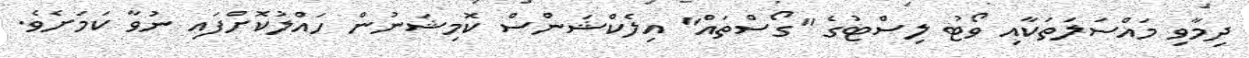
ދިމާވި މައްސަލަތަކާއި ވޯޓު ލިސްޓުގެ "ގޯސްތައް" އިލެކްޝަންސް ކޮމިޝަނުން ހައްލުކޮށްފައި ނުވާ ކަމަށެވެ.